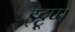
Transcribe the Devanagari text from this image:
इट्टूप्प